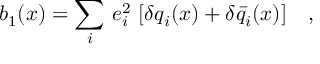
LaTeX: b _ { 1 } ( x ) = { \displaystyle \sum _ { i } } \ e _ { i } ^ { 2 } \ [ \delta q _ { i } ( x ) + \delta \bar { q } _ { i } ( x ) ] \ \ \ ,